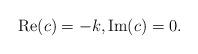
LaTeX: \begin{align*} \mathrm{Re}(c) = -k, \mathrm{Im}(c) = 0.\end{align*}